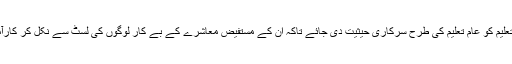
حکومتی سطح پر دینی نظام تعلیم کو عام تعلیم کی طرح سرکاری حیثیت دی جائے تاکہ ان کے مستفیض معاشرے کے بے کار لوگوں کی لسٹ سے نکل کر کارآمد دائرے میں داخل ہو سکیں۔